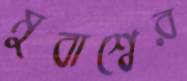
মুবাশ্বের